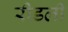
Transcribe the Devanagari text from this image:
रीडली